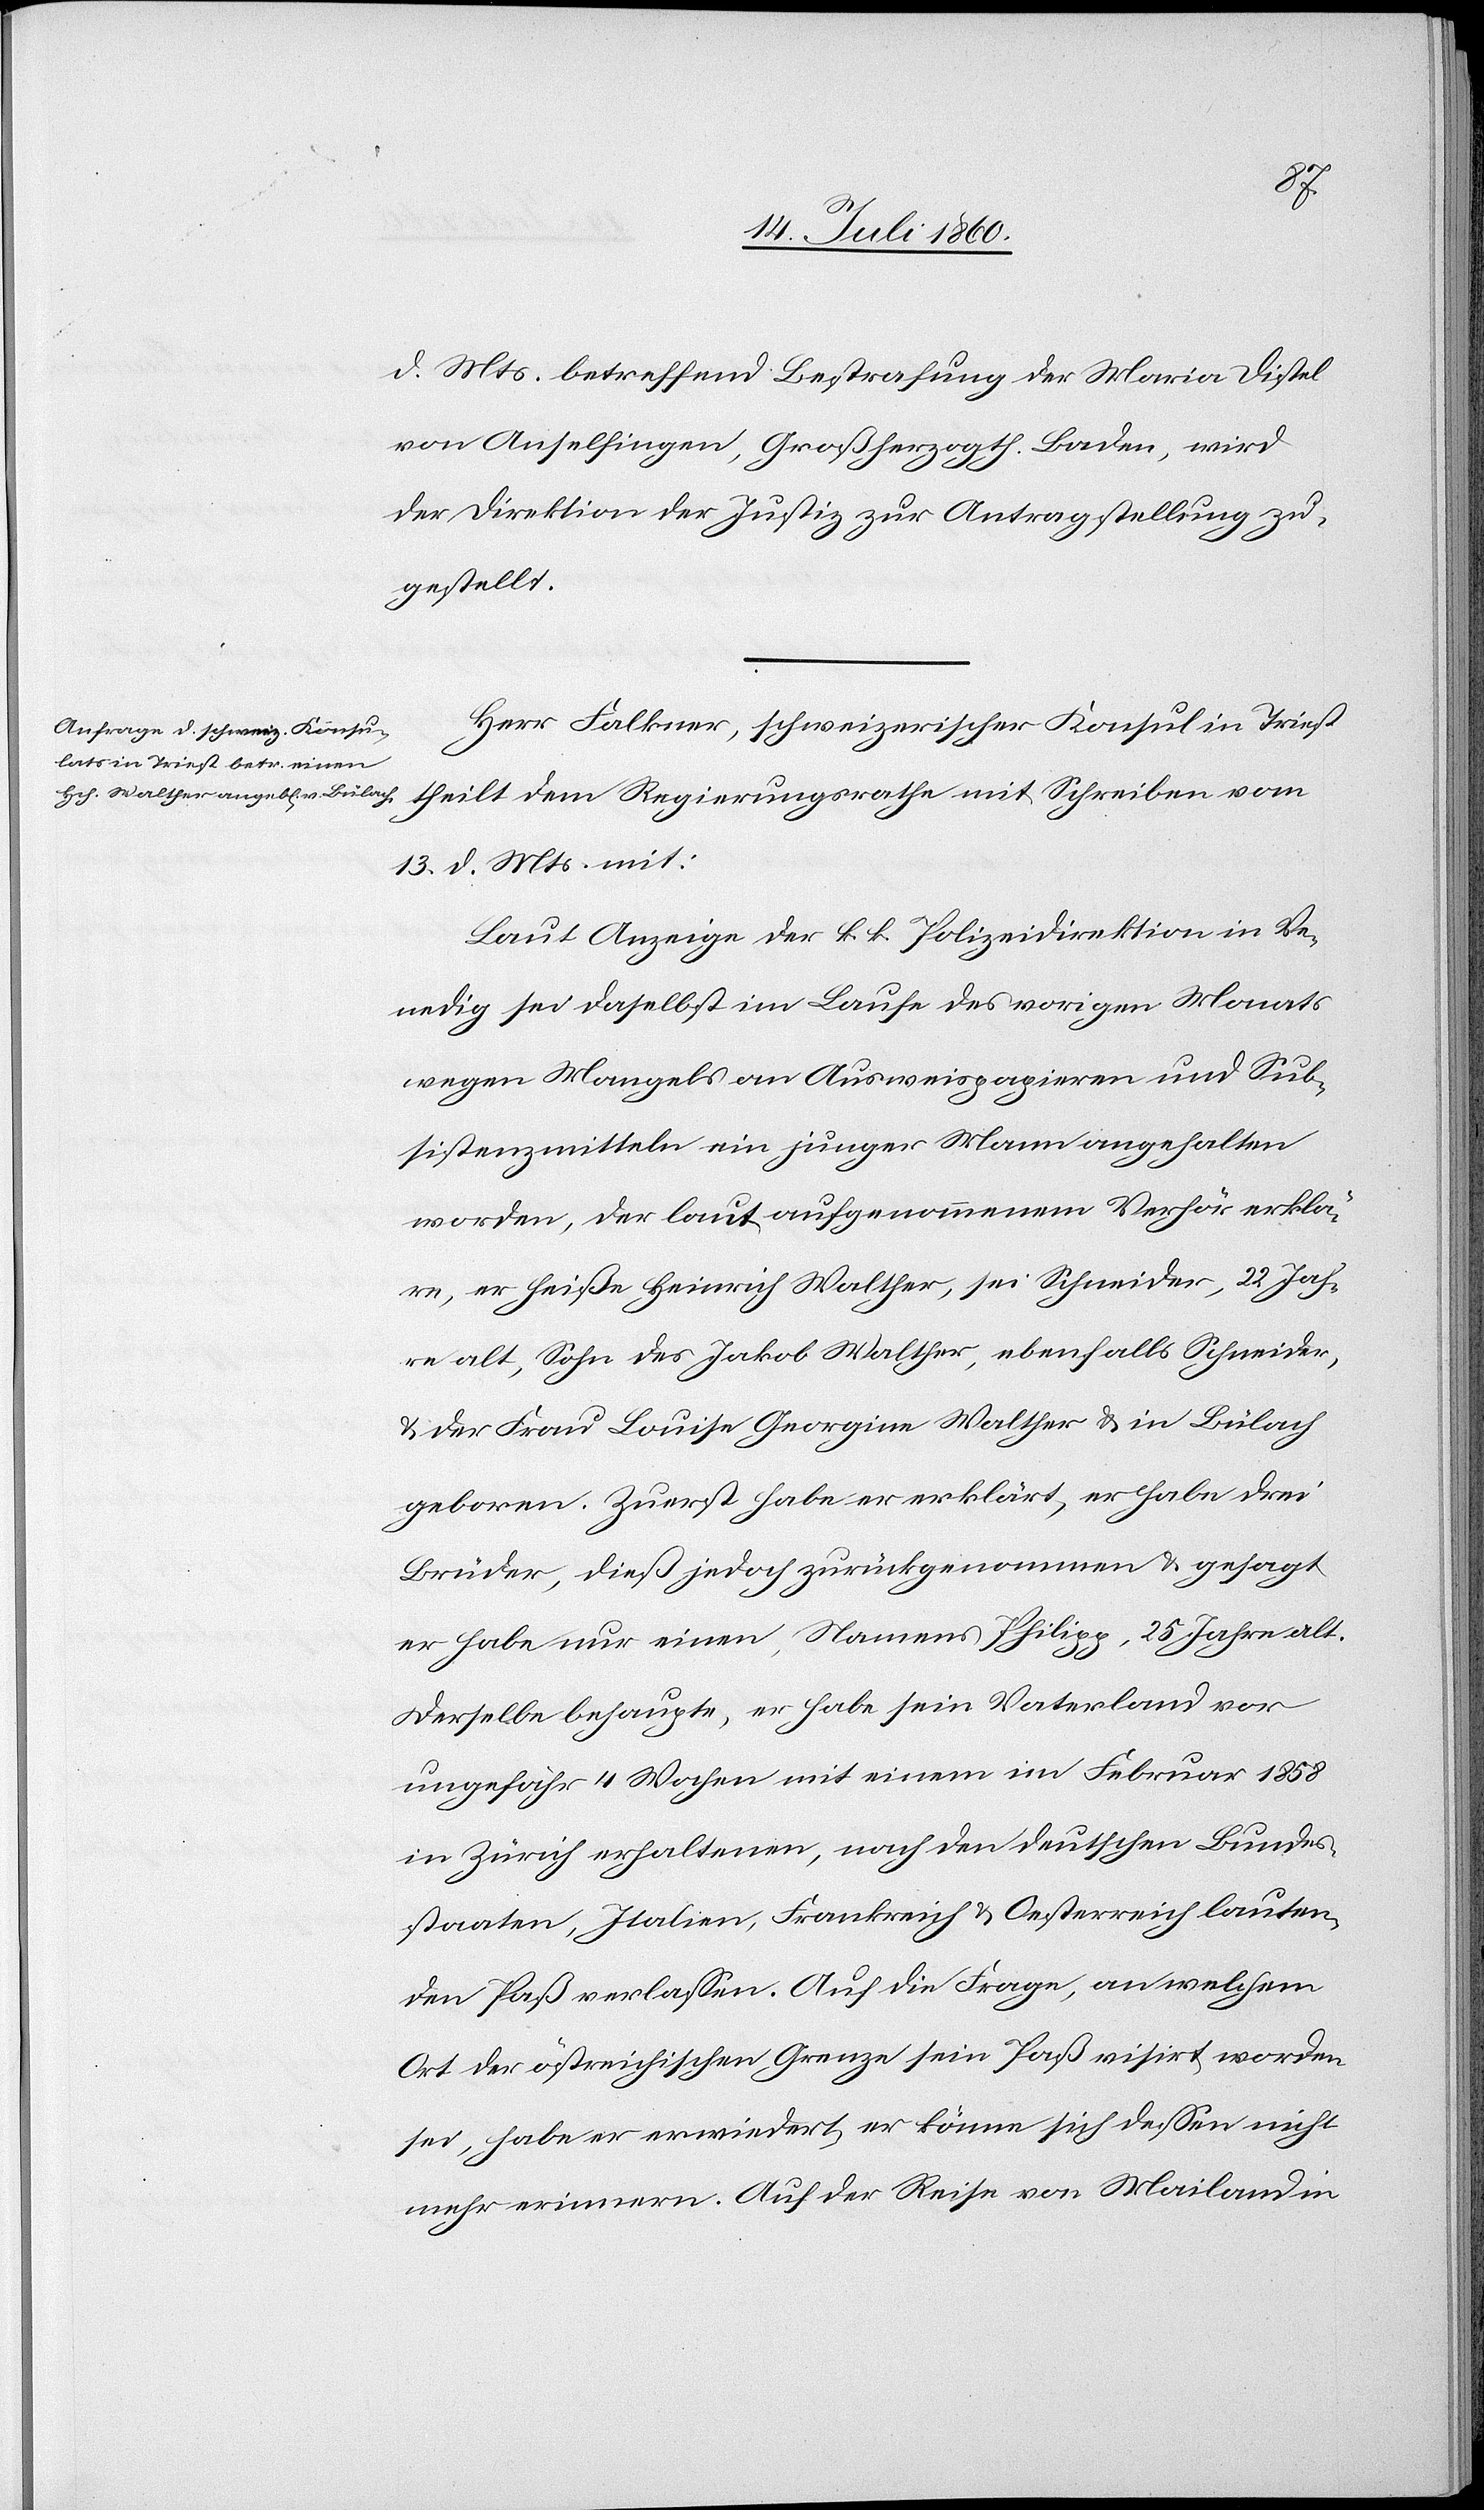
17. Juli 1860.]
d. Mts. betreffend Bestrafung der Maria Distel
von Anselfingen, Großherzogth. Baden, wird
der Direktion der Justiz zur Antragstellung zu¬
gestellt.
Herr Falkner, schweizerischer Konsul in Triest
theilt dem Regierungsrathe mit Schreiben vom
13. d. Mts. mit:
Laut Anzeige der k. k. Polizeidirektion in Ve¬
nedig sei daselbst im Laufe des vorigen Monats
wegen Mangels an Ausweispapieren und Sub¬
sistenzmitteln ein junger Mann angehalten
worden, der laut aufgenommenem Verhör erklä¬
re, er heiße Heinrich Walther, sei Schneider, 22 Jah¬
re alt, Sohn des Jakob Walther, ebenfalls Schneider,
& der Frau Louise Georgine Walther & in Bülach
geboren. Zuerst habe er erklärt, er habe drei
Brüder, dieß jedoch zurückgenommen & gesagt
er habe nur einen, Namens Philipp, 25 Jahre alt.
Derselbe behaupte, er habe sein Vaterland vor
ungefähr 4 Wochen mit einem im Februar 1858
in Zürich erhaltenen, nach den deutschen Bundes¬
staaten, Italien, Frankreich & Oesterreich lauten¬
den Paß verlassen. Auf die Frage, an welchem
Ort der östreichischen Grenze sein Paß visirt worden
sei, habe er erwiedert, er könne sich dessen nicht
mehr erinnern. Auf der Reise von Mailand in